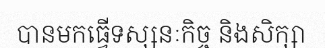
បានមកធ្វើទស្សនៈកិច្ច និងសិក្សា